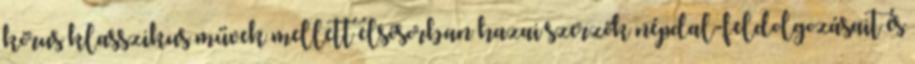
kórus klasszikus művek mellett elsősorban hazai szerzők népdal-feldolgozásait és